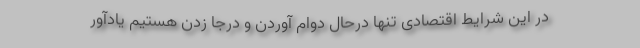
در این شرایط اقتصادی تنها درحال دوام آوردن و درجا زدن هستیم یادآور